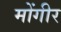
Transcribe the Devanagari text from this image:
मोंगीर